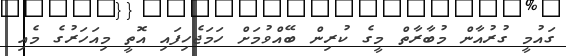
ގައުމީ ގުރުއާން މުބާރާތް މީގެ ކުރިން ބޭއްވުމަށް ހަމަޖެހިފައި އޮތީ މިއަހަރުގެ މެއި